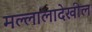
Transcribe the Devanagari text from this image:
मल्लालादेखील